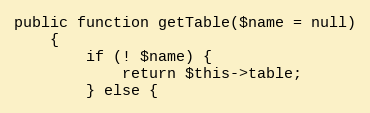
Language: PHP
public function getTable($name = null)
    {
        if (! $name) {
            return $this->table;
        } else {